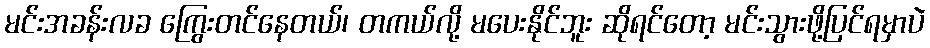
မင်းအခန်းလခ ကြွေးတင်နေတယ်၊ တကယ်လို့ မပေးနိုင်ဘူး ဆိုရင်တော့ မင်းသွားဖို့ပြင်ရမှာပဲ